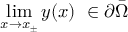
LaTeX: \operatorname* { l i m } _ { x \to x _ { \pm } } y ( x ) \ \in \partial { \bar { \Omega } }